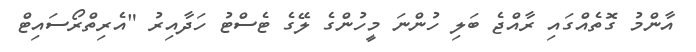
އާންމު ގޮތެއްގައި ރާއްޖެ ބަލި ހުންނަ މީހުންގެ ލޭގެ ޓެސްޓު ހަދާއިރު "އެރިތްރޯސައިޓް